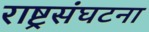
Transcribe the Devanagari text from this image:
राष्ट्रसंघटना